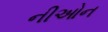
નીઓન